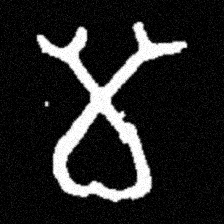
Pyu character \u2014 Myanmar letter: မ (romanized: ma)